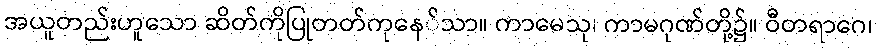
အယူတည်းဟူသော ဆိတ်ကိုပြုတတ်ကုနေ်သာ။ ကာမေသု၊ ကာမဂုဏ်တို့၌။ ဝီတရာဂေ၊